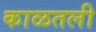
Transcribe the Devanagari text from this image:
काळतली